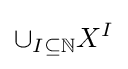
\cup _{I\subseteq {\mathbb {N} }}X^{I}